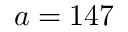
a = 1 4 7